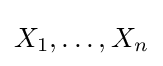
{\textstyle X_{1},\ldots ,X_{n}}